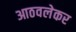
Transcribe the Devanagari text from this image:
आठवलेकर